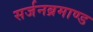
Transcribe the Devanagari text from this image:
सर्जनब्रमाण्ड